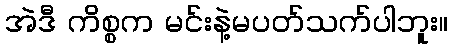
အဲဒီ ကိစ္စက မင်းနဲ့မပတ်သက်ပါဘူး။